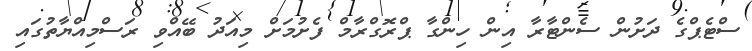
ސްޓެޕްގެ ދަށުން ސެންޓާރާ އިން ހިންގާ ޕްރޮގްރާމް ފެށުމަށް މިއަދު ބޭއްވި ރަސްމިއްޔާތުގައި